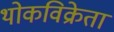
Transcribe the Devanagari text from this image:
थोकविक्रेता